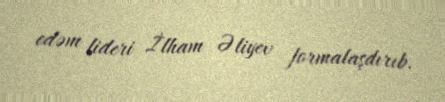
edəm lideri İlham Əliyev formalaşdırıb.